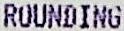
ROUNDING